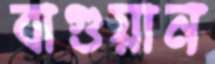
বাগুয়ান